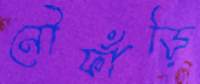
নৌফাঁড়ি